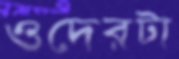
ওদেরটা